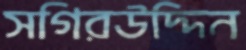
সগিরউদ্দিন